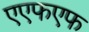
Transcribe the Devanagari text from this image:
एएफएफ